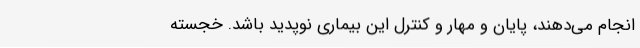
انجام می‌دهند، پایان و مهار و کنترل این بیماری نوپدید باشد. خجسته